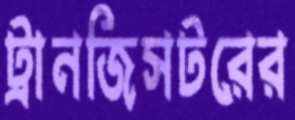
ট্রানজিসটরের